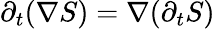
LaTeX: \partial_{t}(\nabla S)=\nabla(\partial_{t}S)